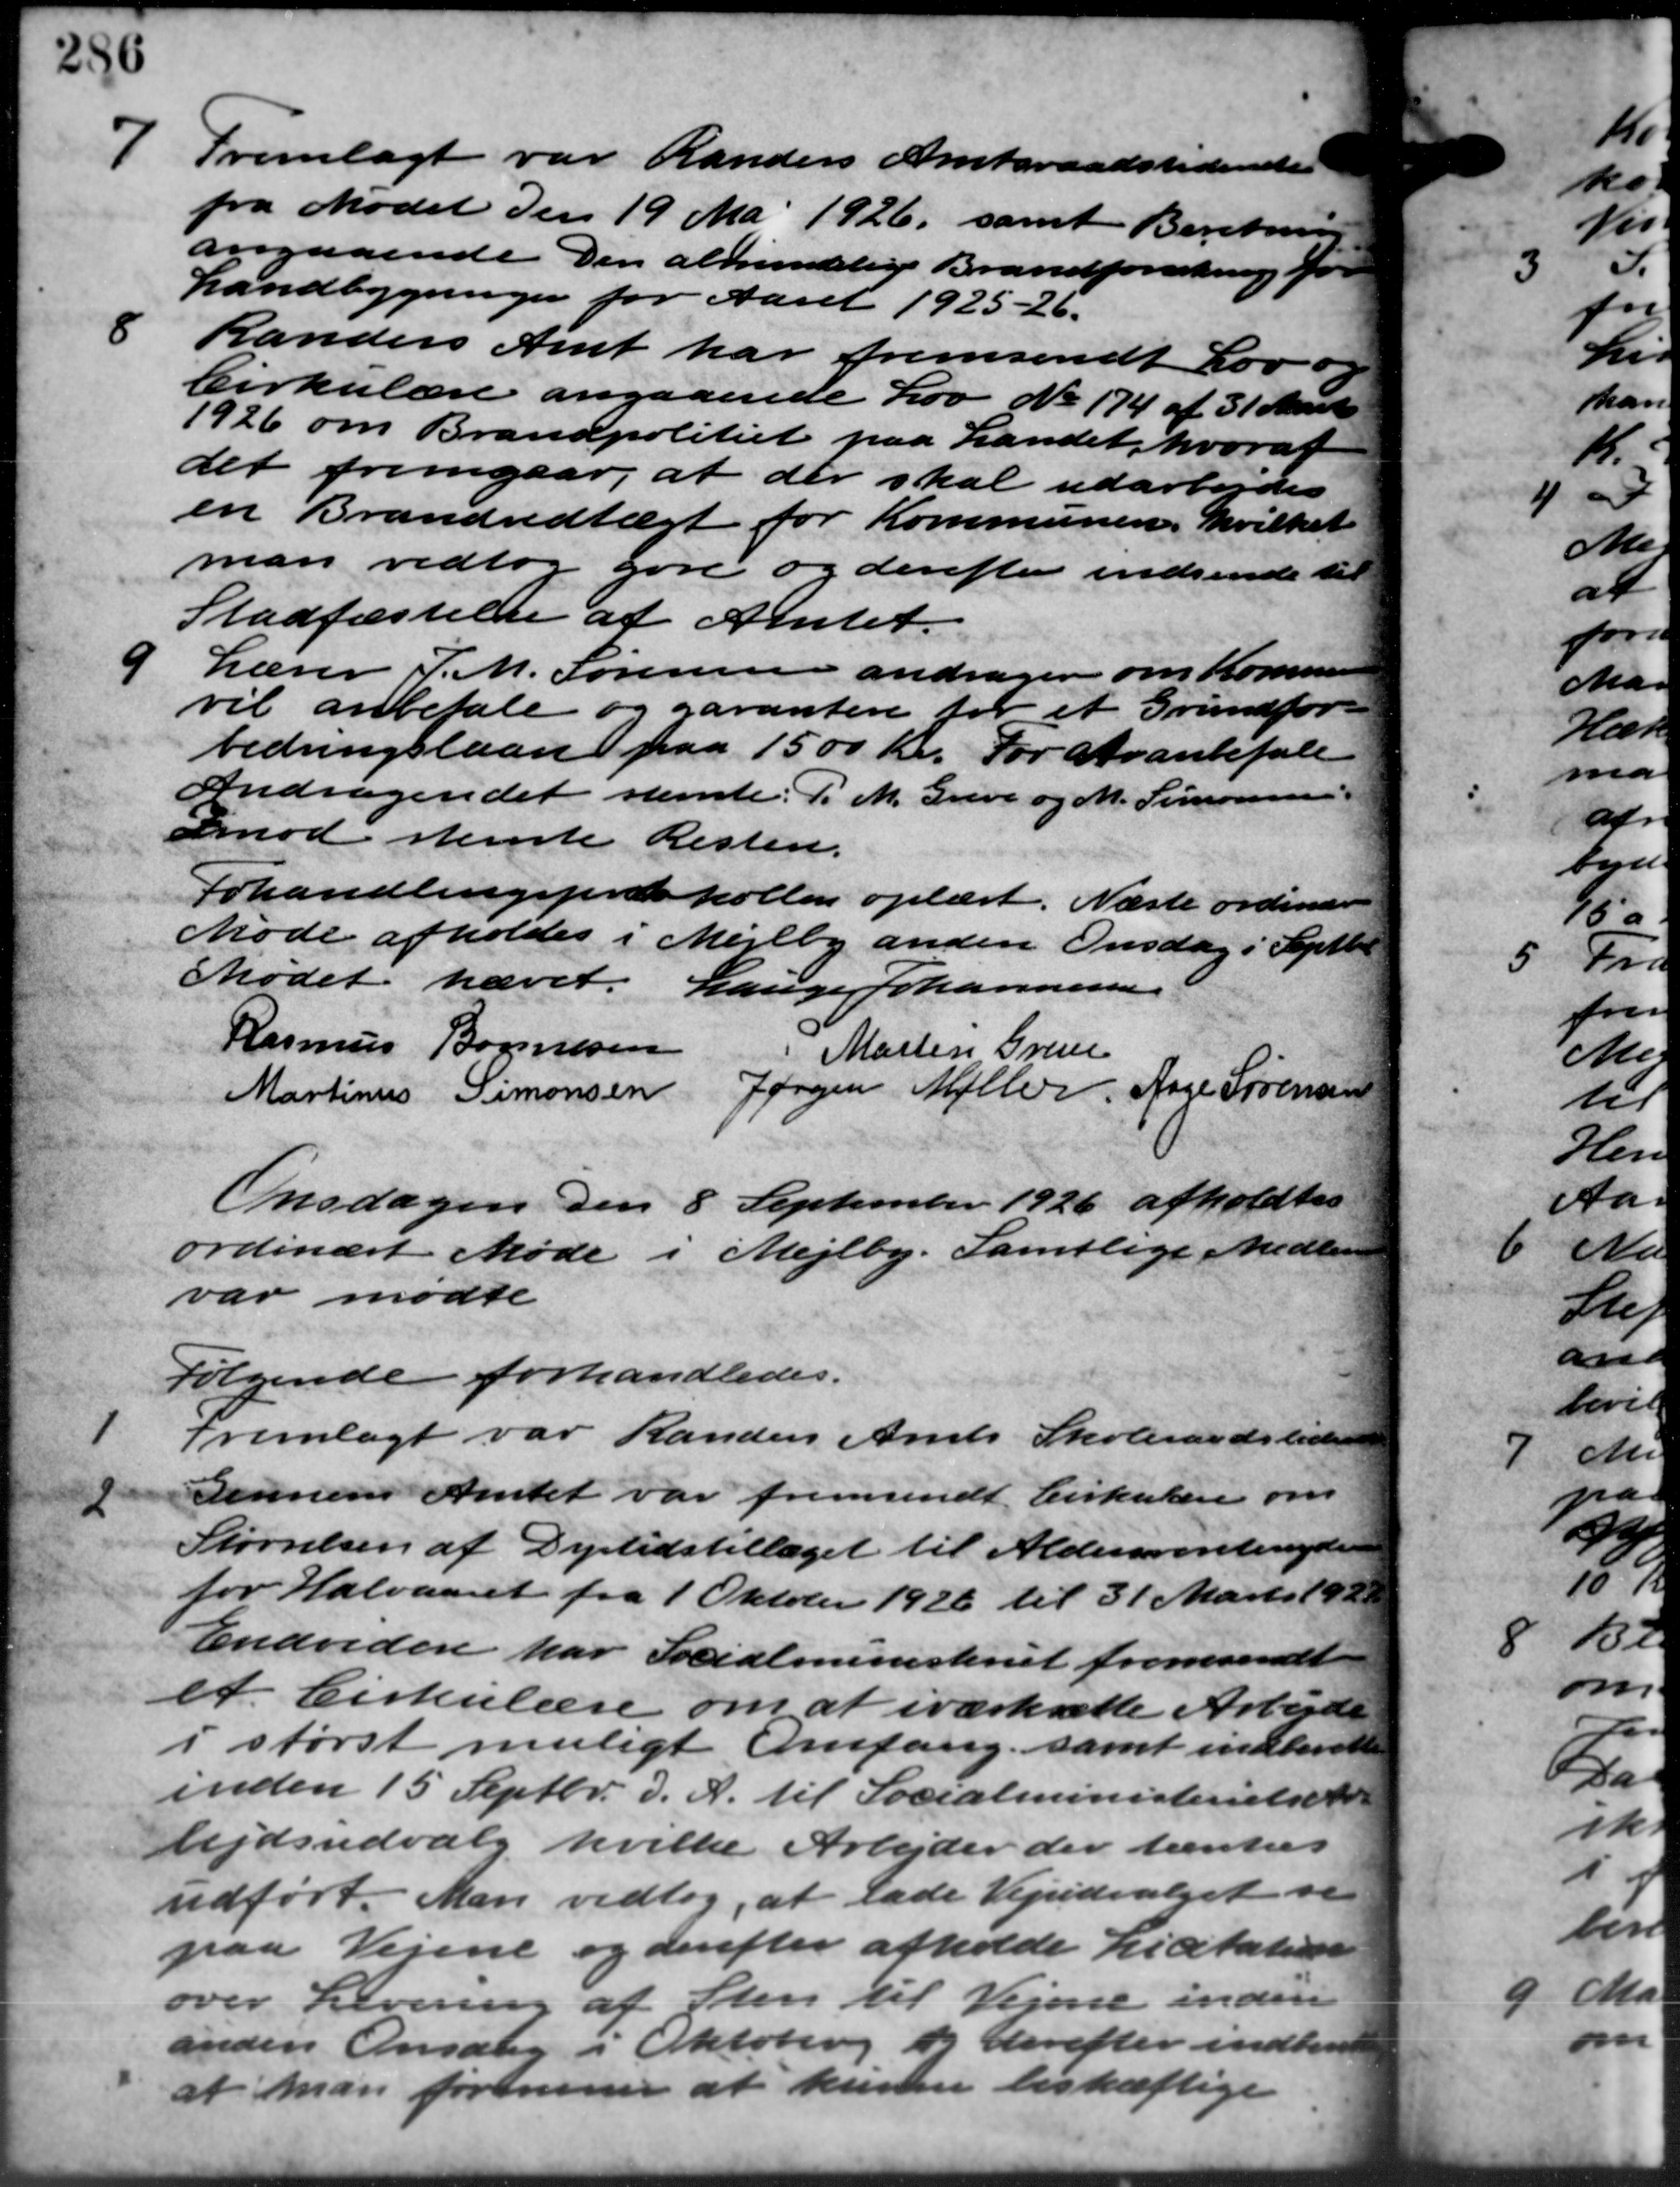
Transskription:
1
Fremlagt var Randers Amtsraadstidende
fra Mødet den 19 Mai 1926, samt Beretning
angaaende Den almindelige Brandforsikring for
Landbygninger for Aaret 1925-26.
8
Randers Amt har fremsendt Lov
Cirkulære angaaende Lov No. 174 af 31 Marts
1926 om Brandpolitiet paa Landet, hvoraf
det fremgaar, at der skal udarbejdes
en Brandvedtægt for Kommunen, hvilket
man vedtog gøre og derefter indsende til
Stadfæstelse af Amtet.

Lærer P. M. Sørensen andrager om Kommunen
vil anbefale og garantere for et Grundfor –
bedringslaan paa 1500 Kr. For Aranbefale
Andragendet stemte: P. M. Greve og M. Simonsen.
Imod steriste Resten.
Forhandlingspræskollen oplæst. Næste ordinære
Møde afholdes i Mejlby anden Onsdag i Septbr
Mødet hævet. Lauge Johannessen
Rasmus Bonnesen
Martin Grene
Martinus Simonsen Jørgen Møller Aage Sørensen
Onsdagen den 8 September 1926 afholdtes
ordinært Møde i Mejlby. Samtlige Medlem
var mødte
Følgende forhandledes.
1
Fremlagt var Randers Amts Skoleraadstiden
2
dennem Amtet var fremsendt Cirkulære om
Størrelsen af Dyrtidstillæget til Aldersrentenyder
for Halvaaret fra 1 Oktober 1926 til 31 Marts 1921
Endvidere har Socialministeriet fremsendt
et Cirkulære om at iværksætte Arbejde
i størst muligt Omfang, samt indbevil
inden 15 Septbr. d. A. til Socialministerielse t
lejdsudvalg hvilke Arbejder der tænkes
udført. Man vedtog, at lade Vejudvalget se
paa Vejene og derefter afholde Licitation
over Levering af Sten til Vejene inden
anden Onsdag i Oktoberg f. Derefter indberet
at man forenener at kunne beskæftige